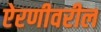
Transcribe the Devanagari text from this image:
ऐरणीवरील